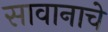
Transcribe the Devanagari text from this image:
सावानाचे